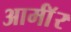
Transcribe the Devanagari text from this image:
आर्माॅर